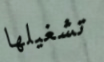
تشغيلها